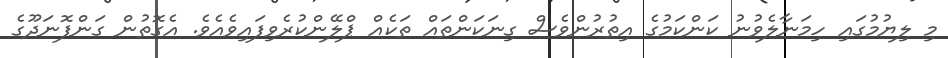
މި ލިޔުމުގައި ހިމަނާލެވުނު ކަންކަމުގެ އިތުރުންވެސް ގިނަކަންތައް ތަކެއް ޕްލޭންކުރެވިފައިވެއެވެ. އެގޮތުން ގަންފޮނަދޫގެ